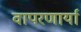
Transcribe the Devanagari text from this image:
वापरणार्या